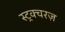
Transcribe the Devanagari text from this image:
स्ट्रक्चरज़